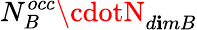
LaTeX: N_{B}^{occ}\cdotN_{d\mathbf{i}mB}